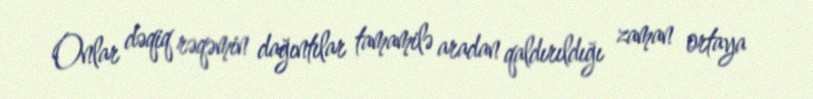
Onlar dəqiq rəqəmin dağıntılar tamamilə aradan qaldırıldığı zaman ortaya